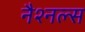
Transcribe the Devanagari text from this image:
नैश्नल्स